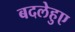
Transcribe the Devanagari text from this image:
बदलेहुए